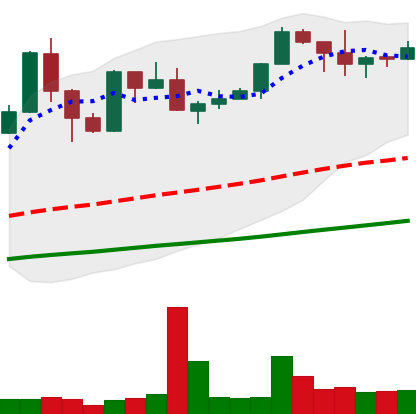
Ticker: XMR-USD
Chart end date: 2019-06-02
Forward return: -7.033%
Label: down_7plus